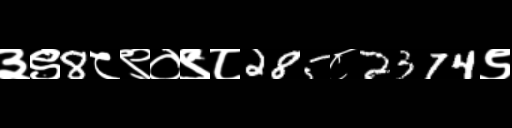
Text: ३९8८९०९८285८2374९